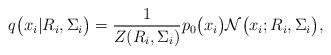
LaTeX: \begin{align*}q\bigl(x_{i}|R_{i},\Sigma_{i}\bigr)=\frac{1}{Z(R_{i},\Sigma_{i})}p_{0}\bigl(x_{i}\bigr)\mathcal{N}\bigl(x_{i};R_{i},\Sigma_{i}\bigr),\end{align*}